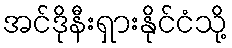
အင်ဒိုနီးရှားနိုင်ငံသို့